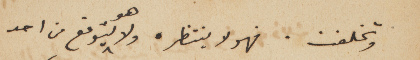
وتخلفت. فهو لا ينتظره ولا هو يتوقع من احد